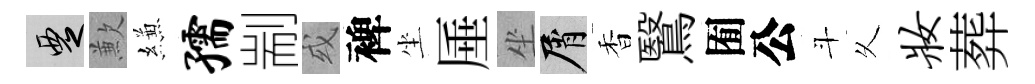
覂歉縑孺剬或裨坐厜坐屑香鷖囿公斗乆妆葬